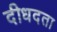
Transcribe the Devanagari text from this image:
दीधदता